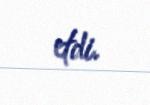
etdi.